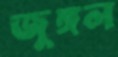
জুঙ্গল